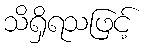
သိရှိရသဖြင့်